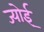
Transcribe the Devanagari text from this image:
ज्योई